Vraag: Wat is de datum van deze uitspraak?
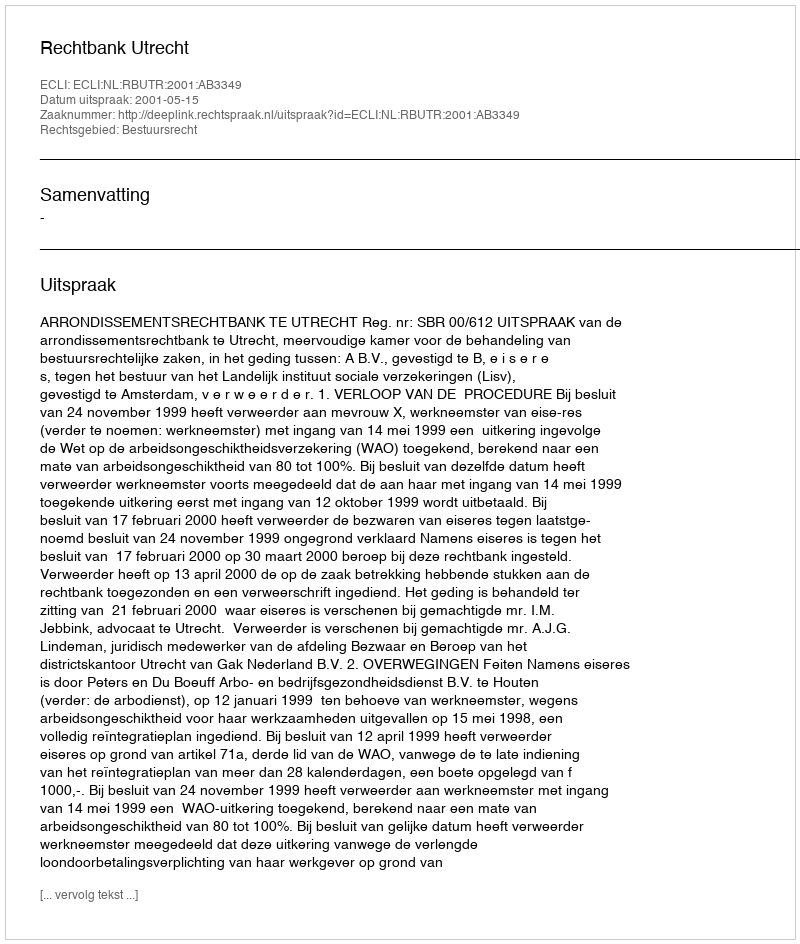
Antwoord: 2001-05-15